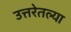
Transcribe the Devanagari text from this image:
उत्तरेतल्या